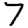
Digit: 7